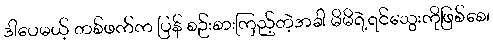
ဒါပေမယ့် တစ်ဖက်က ပြန် စဉ်းစားကြည့်တဲ့အခါ မိမိရဲ့ရင်သွေးကိုဖြစ်စေ၊